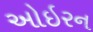
ઓઇરન